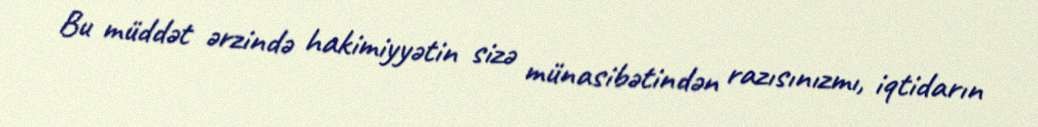
Bu müddət ərzində hakimiyyətin sizə münasibətindən razısınızmı, iqtidarın